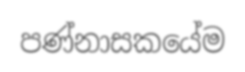
පණ්නාසකයේම